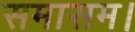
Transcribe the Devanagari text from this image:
समासम।